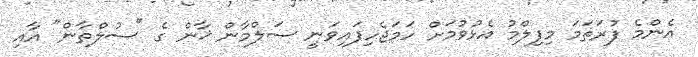
އެންމެ ފުރަތަމަ މިފިލްމު އެޅުވުމަށް ހަމަޖެހިފައިވަނީ ސަލްމާން ޚާން ގެ "ސުލްތާން" އާއި